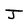
Character: J